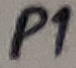
Text: P1